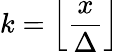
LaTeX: k=\left\lfloor{\frac{x}{\Delta}}\right\rfloor